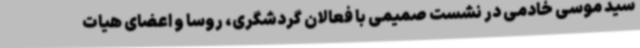
سید موسی خادمی در نشست صمیمی با فعالان گردشگری، روسا و اعضای هیات